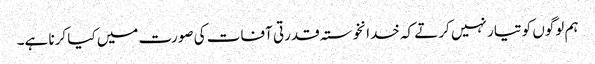
ہم لوگوں کو تیار نہیں کرتے کہ خدانخوستہ قدرتی آفات کی صورت میں کیا کرنا ہے۔